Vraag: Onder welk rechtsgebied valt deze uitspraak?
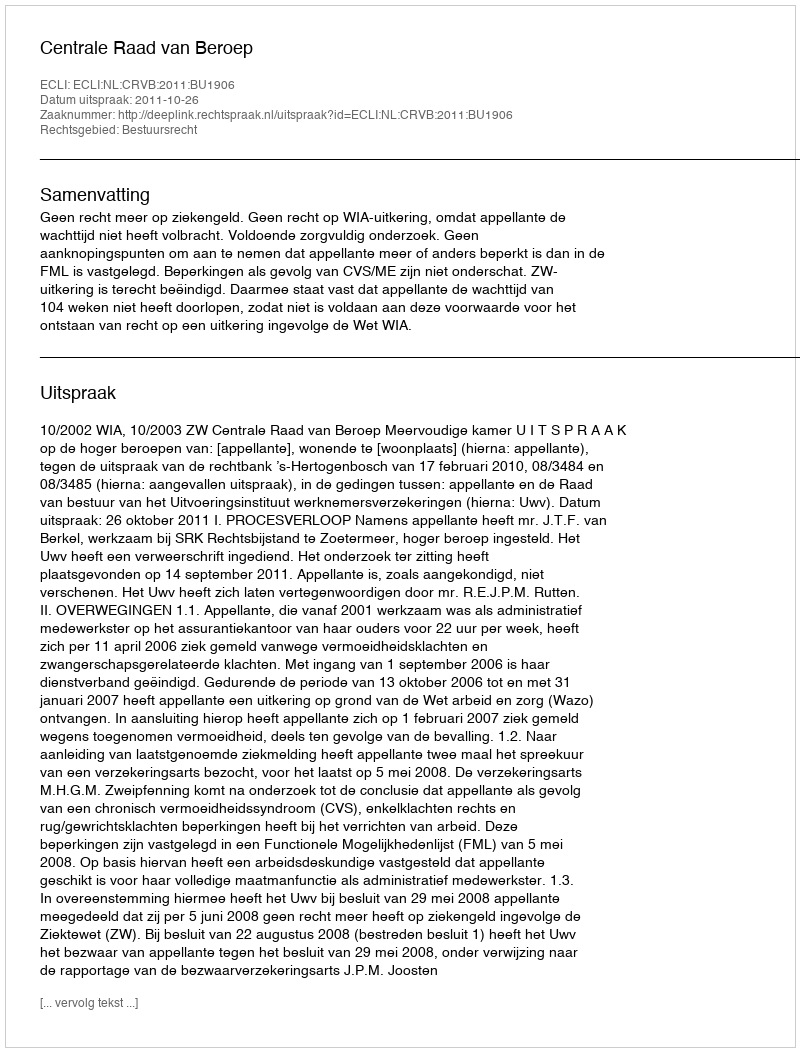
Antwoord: Bestuursrecht